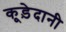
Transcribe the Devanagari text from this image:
कूड़ेदानी